Virumaa_algkoolid, lk 62
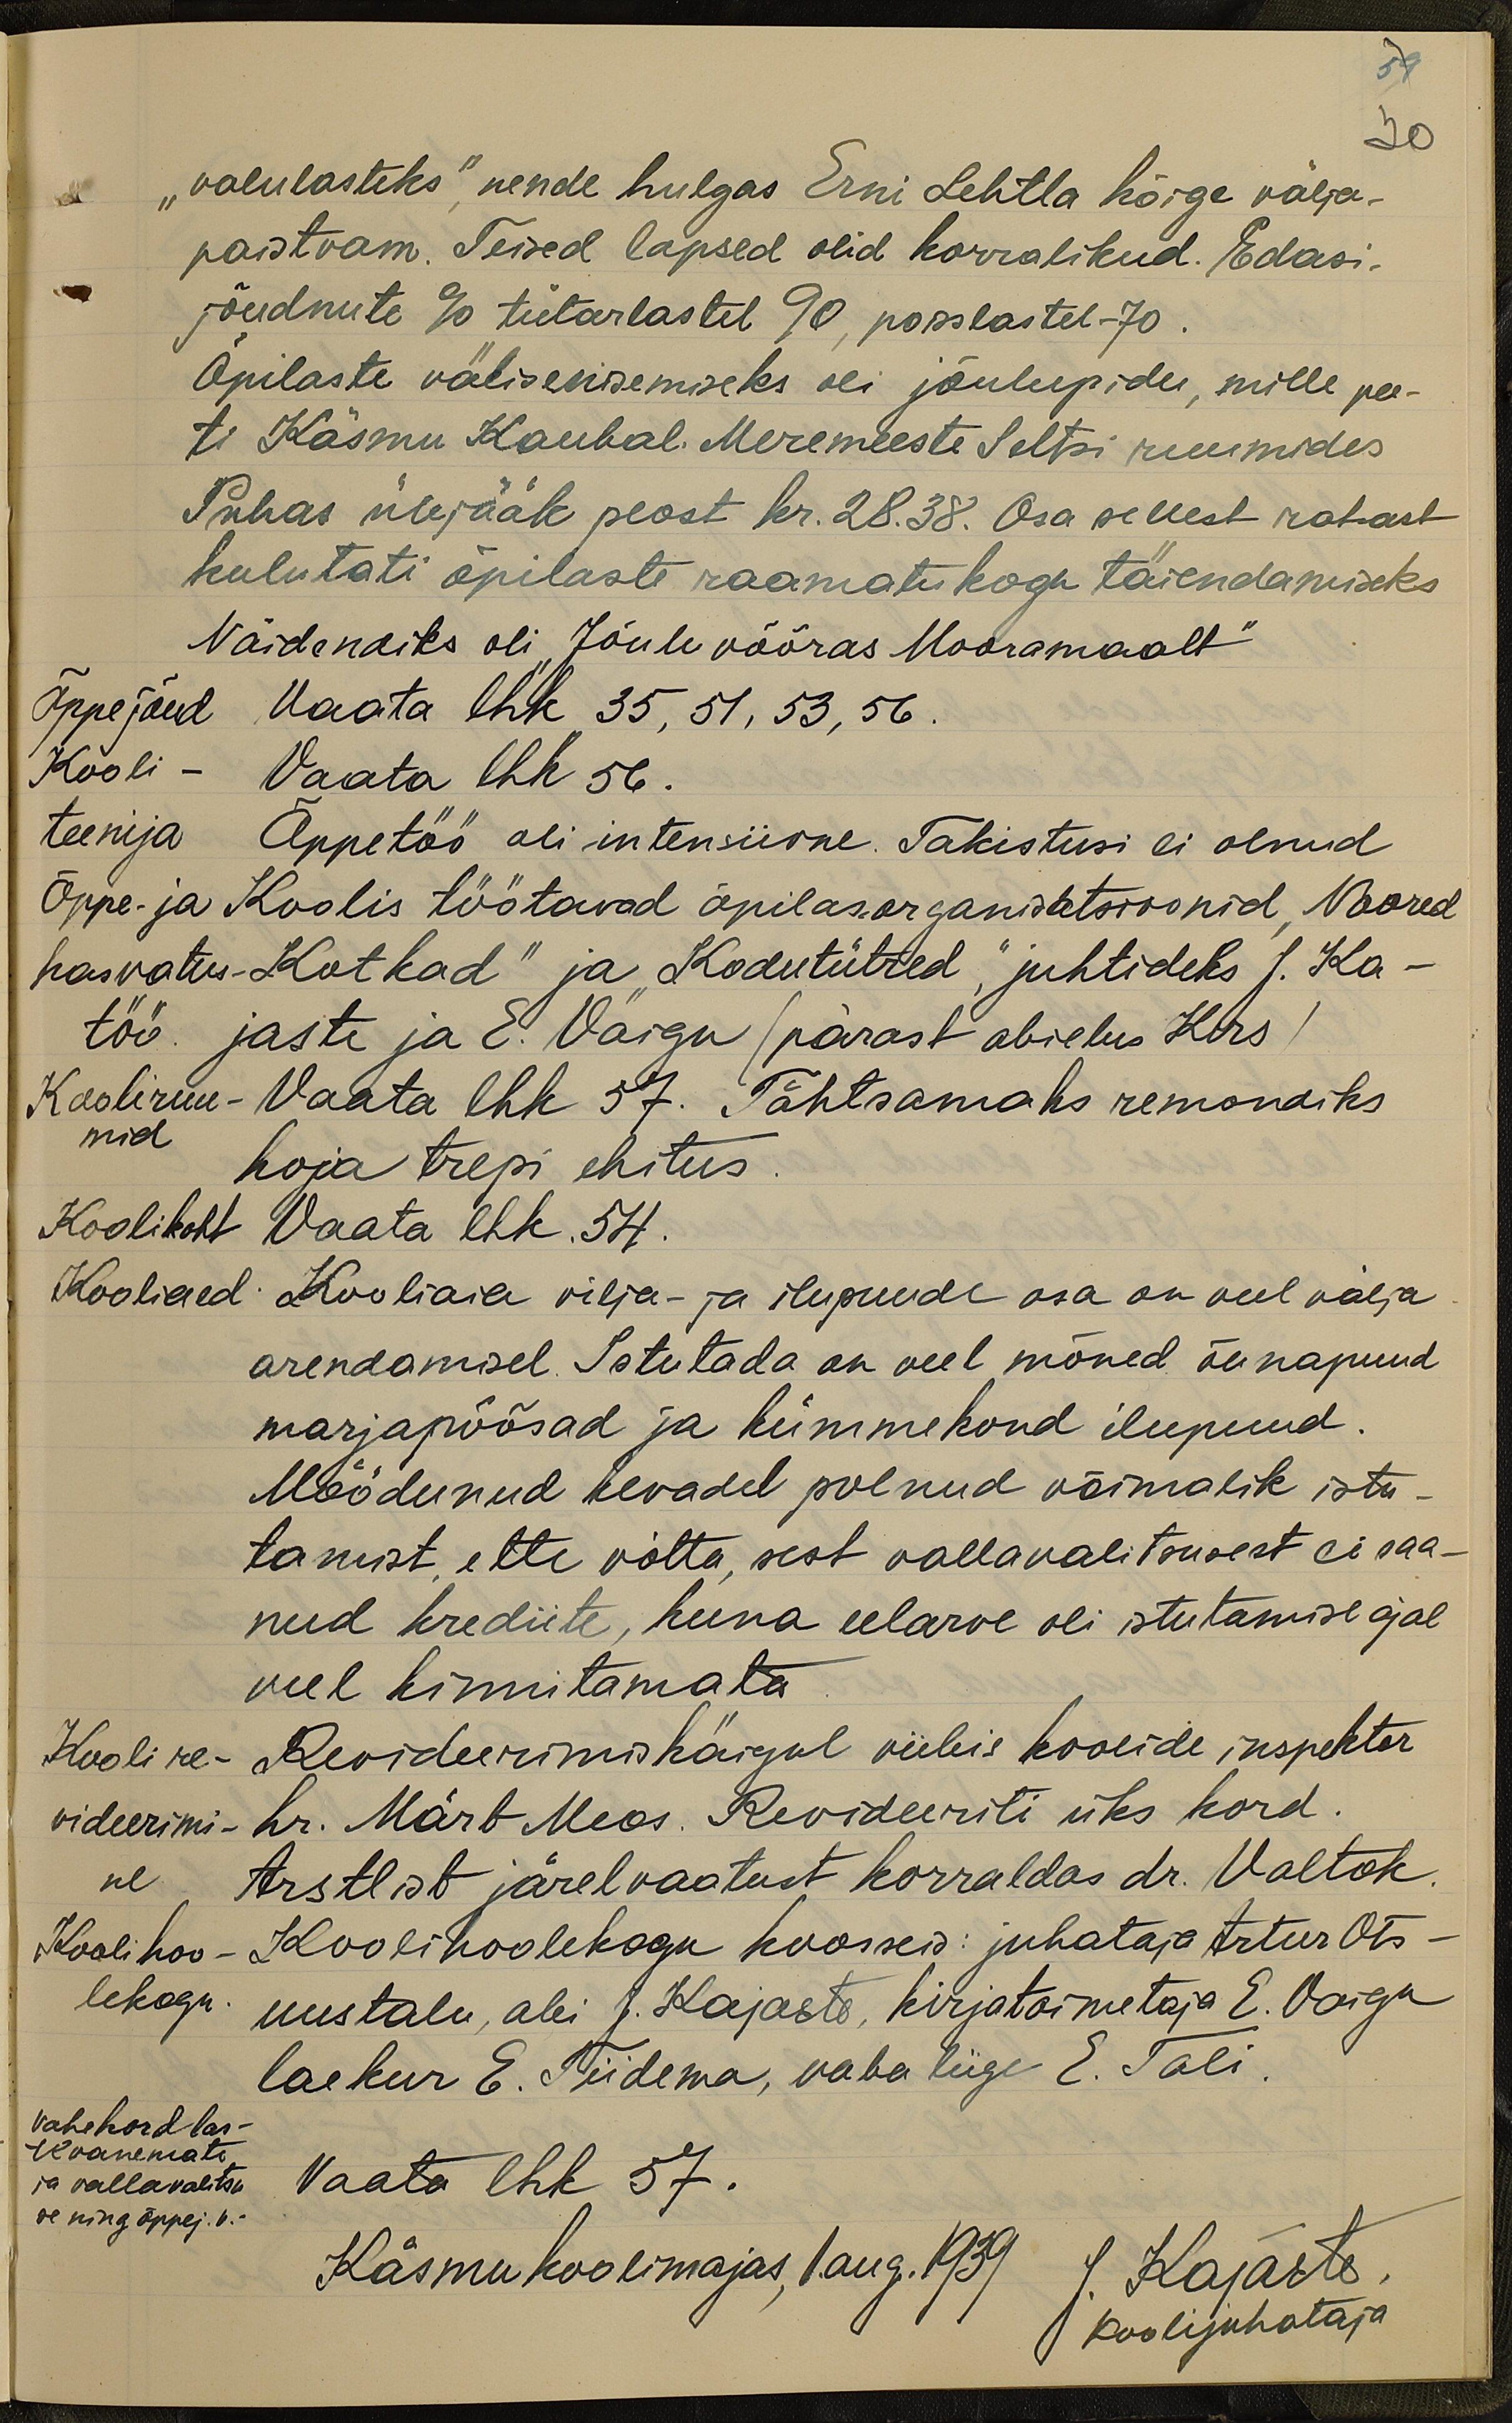
59
30
"valulasteks" nende hulgas Erni Lehtla kõige välja-
paistvam. Teised lapsed olid korralikud. Edasi-
jõudnute % tütarlastel 90, poisslastel - 70
Õpilaste välisesisemiseks oli jõulupidu, mille pee-
ti Käsmu Kaubal. Meremeeste Seltsi ruumides
Puhas ülejääk peost kr. 28.38. Osa sellest rahast
kulutati õpilaste raamatukogu täiendamiseks
Näidendiks oli "Jõuluvõõras Mooramaalt"
Õppejõud
Vaata lhk 35, 51, 53, 56
Kooli-
Vaata lhk 56.
teenija
Õppetöö oli intensiivne. Takistusi ei olnud
Õppe- ja
Koolis töötavad õpilasorganistatsioonid Noored
kasvatus-
Kotkad" ja Kodutütred" juhtideks J. Ka-
töö.
jaste ja E. Vaigu pärast abielus Kirs)
Kooliruu-
Vaata lhk 57. Tähtsamaks remoniks
mid
koja trepi ehitus.
Koolikoht
Vaata lhk. 54.
Kooliaed
Kooliaia vilja- ja ilupuude osa on veel välja
arendamisel. Istutada on veel mõned õunapuud
marjapõõsad ja kümmekond ilupuud
Möödunud kevadel polnud võimalik istu-
tamist ette võtta, sest vallavalitsusest ei saa-
nud krediite, kuna eelarve oli istutamise ajal
veel kinnitamata.
Kooli re-
Revideerimiskäigul viibis koolide inspektor
videerimi-
hr. Märt Meos. Revideeriti üks kord
ne
Arstlist järelvaatust korraldas dr. Valtok.
Kooli hoo-
Kooli hoolekogu koosseis: juhataja Artur Ots-
lekogu.
uustalu, abi J. Kajaste, kirjatoimetaja E. Vaigu
laekur E. Tiidema, vaba liige E. Tali
vahehord las-
te vanemate
ja vallavalitsu
Vaata lhk 57.
se ning õppej. v.-
Käsmu koolimajas, 1. aug. 1939.
J. Kajaste
koolijuhataja